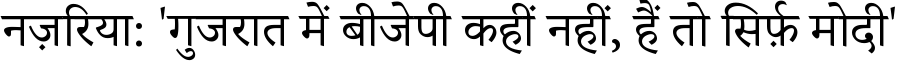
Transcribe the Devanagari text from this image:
नज़रिया: 'गुजरात में बीजेपी कहीं नहीं, हैं तो सिर्फ़ मोदी'